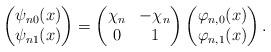
LaTeX: \begin{align*} \begin{pmatrix}\psi_{n0}(x)\\\psi_{n1}(x)\end{pmatrix} =\begin{pmatrix}\chi_{n} & -\chi_{n}\\0 & 1\end{pmatrix}\begin{pmatrix}\varphi_{n,0}(x)\\\varphi_{n,1}(x)\end{pmatrix}.\end{align*}